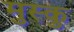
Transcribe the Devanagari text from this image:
मुस्कु